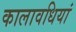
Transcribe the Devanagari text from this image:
कालावधियां